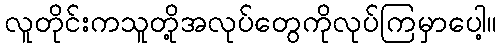
လူတိုင်းကသူတို့အလုပ်တွေကိုလုပ်ကြမှာပေါ့။